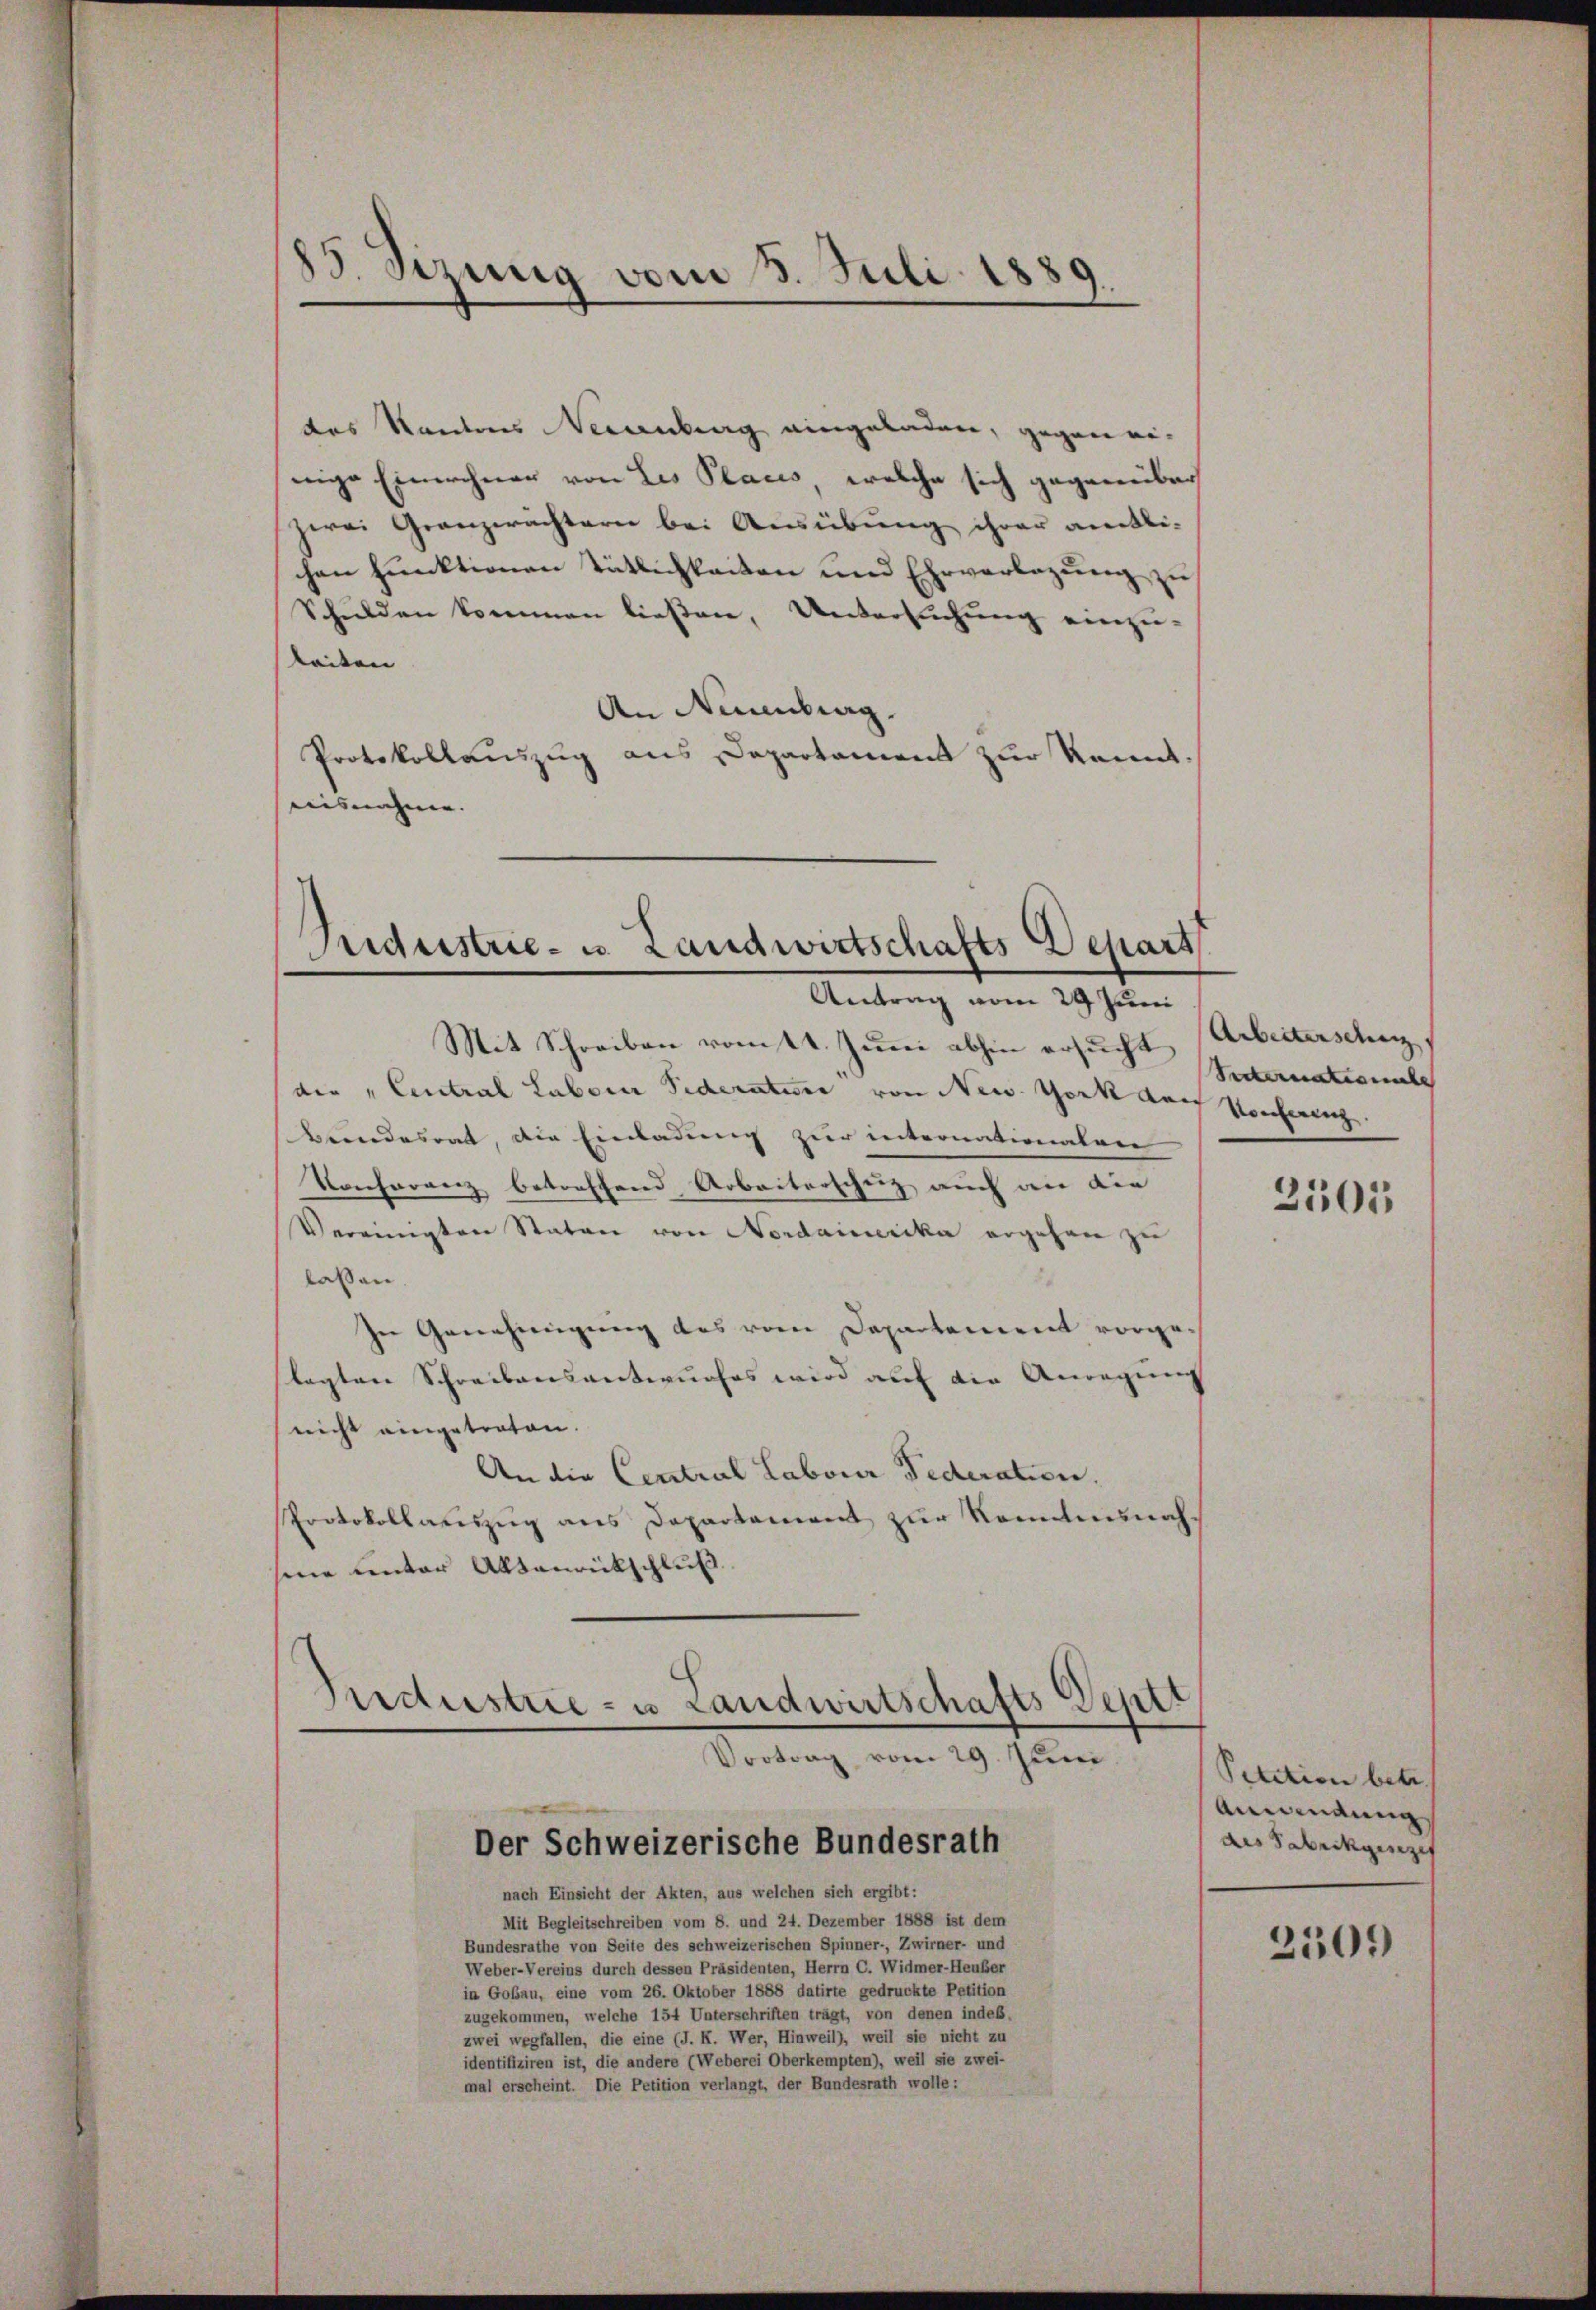
85. Dirung vom 5. Juli 1889.
1

das Kantons Neuenburg eingeladen, gegen einige Einwohner von Les Placis, welche sich gegenüber
zwei Granzerächtern bei Ausübung ihrer amtli-
chen funktionen Tätlichkeiten und Ehrverlegung zu
Schulden kommen ließen, Untersuchung einzuleiten |
An Neuenburg.
Protokollauszug aus Departament zur Kennt.
ausnahme. |

Triderstrie- u. Landwirtschafts Depart
Antrag vom 29 Juni

Mit Schreiben vom 14. Juni abhin ersucht (Arbeiterschuz
die „Eintral Laborn Sideratur von New York durch Konferenz.
Beundesrat, die Einladung zur internationalen
Konferanz betreffend Arbeiterschung auch wie die
Vereinigten Staten von Nordamerika ergehen zu
lassen
In Genehmigung des vom Departement vorgelegten Schreibensentwurfes wird auf die Anregum
nicht eingetraten.
An die Central Labour Federation.
Protokollaŭszŭg ans Departement zŭr Romanŭnah-
sene unter Aktenrückschluß

Industrie- u Landwirtschafts Vestt
Vortrag vom 29.
un
Der Schweizerische Bundesrath

nach Einsicht der Akten, aus welchen sich ergibt:
Mit Begleitschreiben vom 8. und 24. Dezember 1888 ist dem
Bundesrathe von Seite des schweizerischen Spinner-, Zwirner- und
Weber-Vereins durch dessen Präsidenten, Herrn C. Widmer-Heußer
in Goßau, eine vom 26. Oktober 1888 datirte gedruckte Petition
zugekommen, welche 154 Unterschriften trägt, von denen indes.
zwei wegfallen, die eine (T. K. Wer, Hinweil), weil sie nicht zu
identifiziren ist, die andere (Weberei Oberkempten), weil sie zwei-
mal erscheint. Die Petition verlangt, der Bundesrath wolle:

Secternation

2105

Petition betr.
Anwendung
des Sabrikgesch
2509